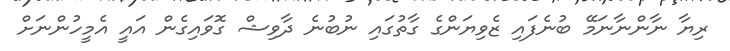
ރިޔާ ނާންނާނަމޭ ބުނެފައި ޒެވިޔަންގެ ގާތުގައި ނުބުނެ ދާވިޝް ގޮވައިގެން އައީ އެމީހުންނަށް